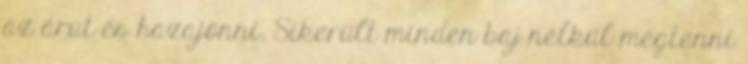
az árut és hazajönni. Sikerült minden baj nélkül megtenni